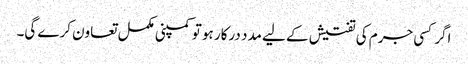
اگر کسی جرم کی تفتیش کے لیے مدد درکار ہو تو کمپنی مکمل تعاون کرے گی۔